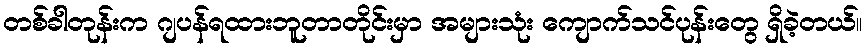
တစ်ခါတုန်းက ဂျပန်ရထားဘူတာတိုင်းမှာ အများသုံး ကျောက်သင်ပုန်းတွေ ရှိခဲ့တယ်။